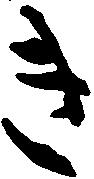
き